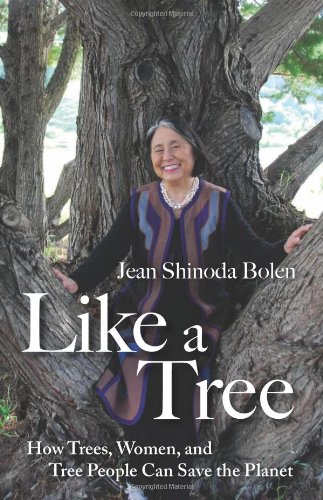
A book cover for Like a Tree: How Trees, Women, and Tree People Can Save the Planet; Jean Shinoda Bolen; Science & Math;